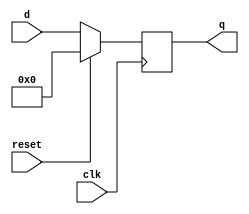

module flopr(input            clk,
             input            reset, 
             input      [3:0] d, 
             output reg [3:0] q);

  // synchronous reset
  always @(posedge clk)
     if (reset) q <= 4'b0;
     else       q <= d;
endmodule